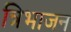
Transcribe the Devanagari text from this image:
त्रिभाजन